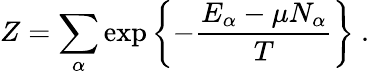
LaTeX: Z=\sum_{\alpha}\exp\left\{ -{\frac{E_{\alpha}-\mu N_{\alpha}}{T}}\right\} \ .